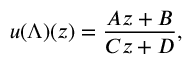
u ( \Lambda ) ( z ) = { \frac { A z + B } { C z + D } } ,